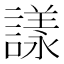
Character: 𧫛